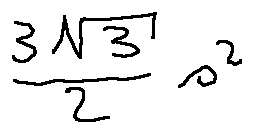
\frac { 3 \sqrt { 3 } } { 2 } s ^ { 2 }